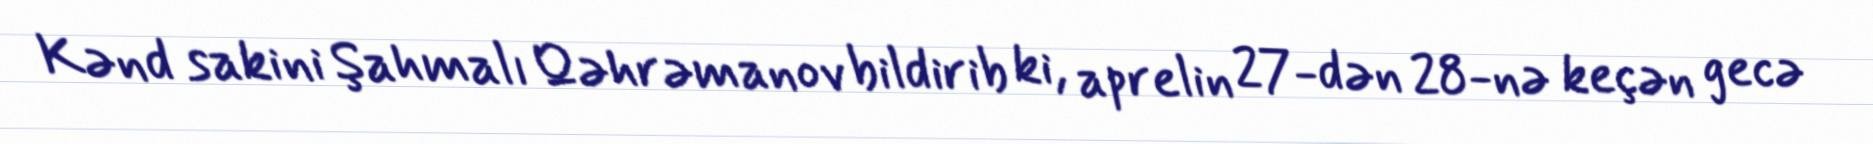
Kənd sakini Şahmalı Qəhrəmanov bildirib ki, aprelin 27-dən 28-nə keçən gecə